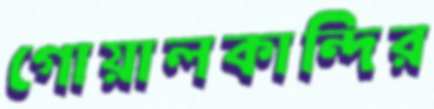
গোয়ালকান্দির